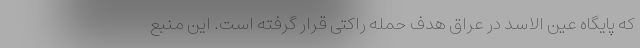
که پایگاه عین الاسد در عراق هدف حمله راکتی قرار گرفته است. این منبع